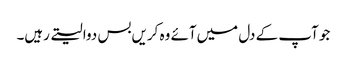
جو آپ کے دل میں‌آئے وہ کریں‌بس دوا لیتے رہیں۔